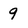
Character: 9